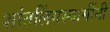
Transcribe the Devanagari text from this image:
शांतलिंगस्वामींनी